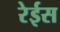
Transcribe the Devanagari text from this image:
रेईस